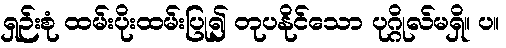
ရှဉ်းစုံ ထမ်းပိုးထမ်းပြု၍ တုပနိုင်သော ပုဂ္ဂိုလ်မရှိ။ ပ။